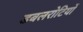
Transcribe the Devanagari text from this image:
डबलरोटियों